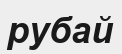
рубай